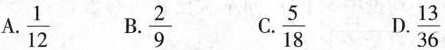
A.$$\frac{1}{12}$$ B.$$\frac{2}{9}$$ C.$$\frac{5}{18}$$ D.$$\frac{13}{36}$$